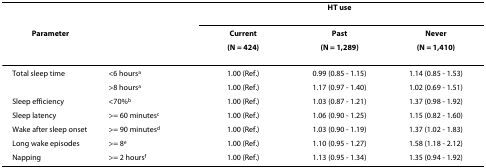
|  |  | <COLSPAN=3> HT use |
 | Parameter |  | Current | Past | Never |
 |  |  | (N = 424) | (N = 1,289) | (N = 1,410) |
 | --- | --- | --- | --- | --- |
 | Total sleep time | <6 hoursa | 1.00 (Ref.) | 0.99 (0.85 - 1.15) | 1.14 (0.85 - 1.53) |
 |  | >8 hoursa | 1.00 (Ref.) | 1.17 (0.97 - 1.40) | 1.02 (0.69 - 1.51) |
 | Sleep efficiency | <70%b | 1.00 (Ref.) | 1.03 (0.87 - 1.21) | 1.37 (0.98 - 1.92) |
 | Sleep latency | >= 60 minutesc | 1.00 (Ref.) | 1.06 (0.90 - 1.25) | 1.15 (0.82 - 1.60) |
 | Wake after sleep onset | >= 90 minutesd | 1.00 (Ref.) | 1.03 (0.90 - 1.19) | 1.37 (1.02 - 1.83) |
 | Long wake episodes | >= 8e | 1.00 (Ref.) | 1.10 (0.95 - 1.27) | 1.58 (1.18 - 2.12) |
 | Napping | >= 2 hoursf | 1.00 (Ref.) | 1.13 (0.95 - 1.34) | 1.35 (0.94 - 1.92) |